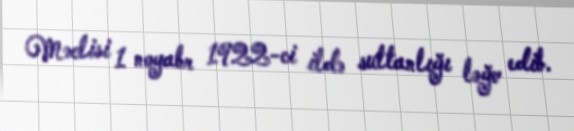
Məclisi 1 noyabr 1922-ci ildə sultanlığı ləğv edib.